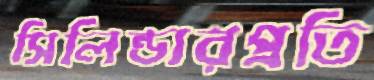
সিলিন্ডারপ্রতি